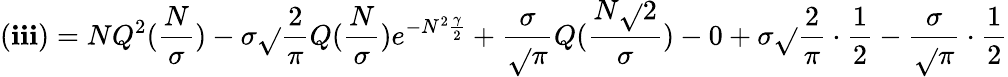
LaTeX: (\mathbf{i}\mathbf{i}\mathbf{i})=NQ^{2}(\frac{{N}}{{\sigma}})-\sigma\sqrt{}{{\frac{{2}}{{\pi}}}}Q(\frac{{N}}{{\sigma}})e^{-N^{2}\frac{{\gamma}}{{2}}}+\frac{{\sigma}}{{\sqrt{}{{\pi}}}}Q(\frac{{N\sqrt{}{{2}}}}{{\sigma}})-0+\sigma\sqrt{}{{\frac{{2}}{{\pi}}}}\cdot\frac{{1}}{{2}}-\frac{{\sigma}}{{\sqrt{}{{\pi}}}}\cdot\frac{{1}}{{2}}